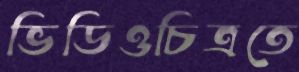
ভিডিওচিত্রতে